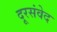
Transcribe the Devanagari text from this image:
दूरसंवेद